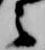
之